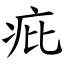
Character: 疪